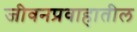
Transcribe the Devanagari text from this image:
जीवनप्रवाहातील